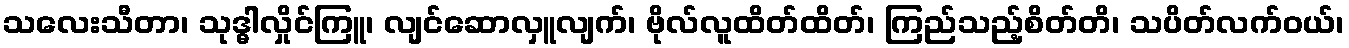
သလေးသီတာ၊ သုဒ္ဓါလှိုင်ကြူ၊ လျင်ဆောလှူလျက်၊ ဗိုလ်လူထိတ်ထိတ်၊ ကြည်သည့်စိတ်တိ၊ သပိတ်လက်ဝယ်၊